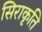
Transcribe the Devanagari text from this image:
सिराकृति